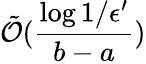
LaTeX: \tilde{\mathcal{O}}(\frac{\log{1/\epsilon^{\prime}}}{b-a})